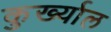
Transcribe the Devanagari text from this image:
कुर्ख्याल